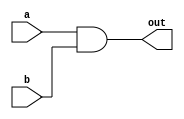
module top_module( 
    input a, 
    input b, 
    output out );

    assign out = a & b;
    
endmodule